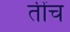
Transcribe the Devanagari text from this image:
तींच